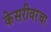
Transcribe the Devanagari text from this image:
केसरीवरचा